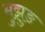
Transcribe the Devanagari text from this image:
मुझुङ